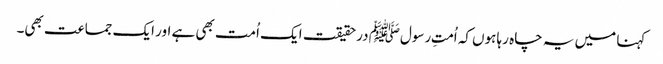
کہنا میں یہ چاہ رہا ہوں کہ اُمتِ رسولﷺ درحقیقت ایک اُمت بھی ہے اور ایک جماعت بھی۔